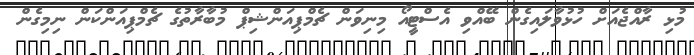
މުޅި ރާއްޖެއަށް ހުޅުވާލައިގެން ބޭއްވި އެސްޓީއޯ މިނިވަން ޗެމްޕިއަންޝިޕް މުބާރާތުގެ ޗެމްޕިއަންކަން ނިމިގެން